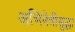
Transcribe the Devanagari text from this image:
अभिनेत्रीसुद्धा